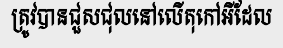
ត្រូវបានជួសជុលនៅលើតុកៅអីដែល